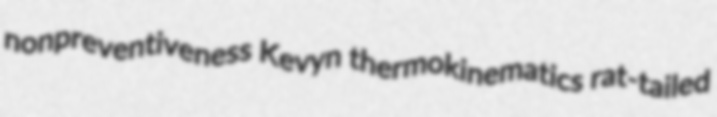
nonpreventiveness Kevyn thermokinematics rat-tailed